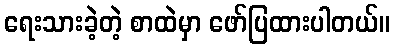
ရေးသားခဲ့တဲ့ စာထဲမှာ ဖော်ပြထားပါတယ်။